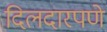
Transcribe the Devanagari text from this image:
दिलदारपणे